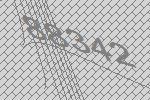
88342